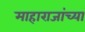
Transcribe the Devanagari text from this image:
माहाराजांच्या